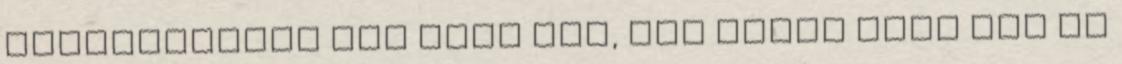
fel­me­le­ge­dés ide vagy oda, nem olvad majd meg az